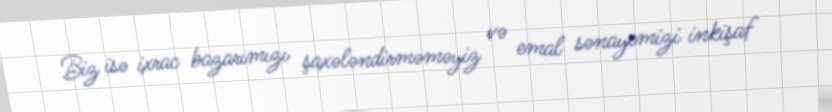
Biz isə ixrac bazarımızı şaxələndirməməyiz və emal sənayemizi inkişaf